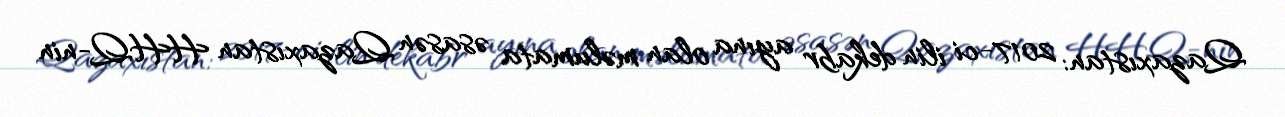
Qazaxıstan: 2017-ci ilin dekabr ayına olan məlumata əsasən Qazaxıstan HHQ-nin